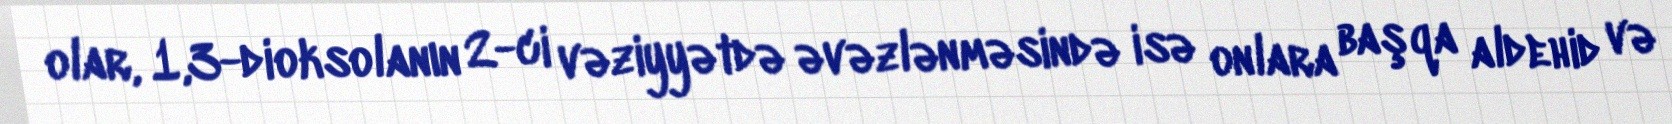
olar, 1,3-dioksolanın 2-ci vəziyyətdə əvəzlənməsində isə onlara başqa aldehid və